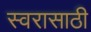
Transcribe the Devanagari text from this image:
स्वरासाठी